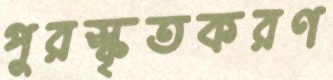
পুরস্কৃতকরণ